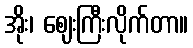
အိုး၊ ဈေးကြီးလိုက်တာ။